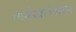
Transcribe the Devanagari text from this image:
फर्रखशियर